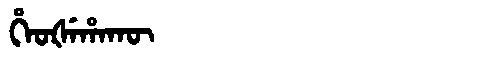
Manchu: ᡥᡝᠣᡧᡝᡥᠠᡴᡡ
Romanization: HEOŠEHAKŪ